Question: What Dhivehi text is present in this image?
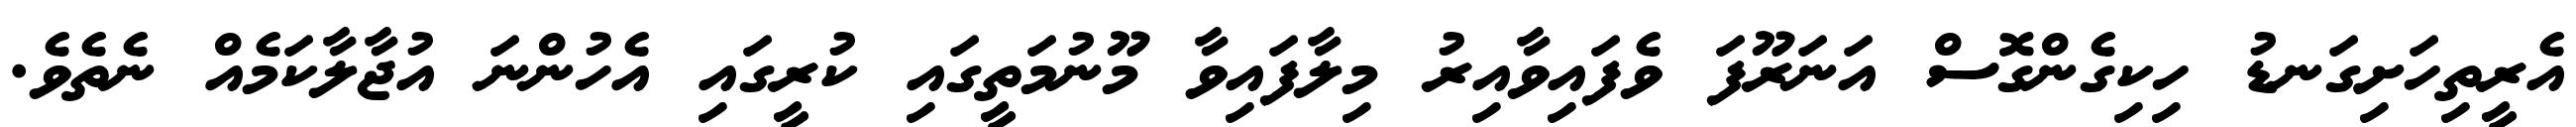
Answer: އެރީތިހަށިގަނޑު ހިކިގެންގޮސް އަނަރޫފަ ވެފައިވާއިރު މިލާފައިވާ މޫނުމަތީގައި ކުރީގައި އެހުންނަ އުޖާލާކަމެއް ނެތެވެ.